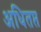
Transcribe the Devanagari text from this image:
अधितप्त